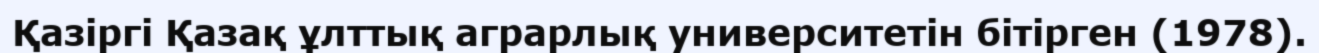
Қазіргі Қазақ ұлттық аграрлық университетiн бiтiрген (1978).